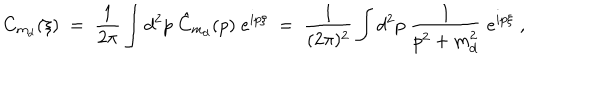
LaTeX: C _ { m _ { d } } ( \xi ) \; = \; \frac { 1 } { 2 \pi } \int d ^ { 2 } p \; \hat { C } _ { m _ { d } } ( p ) \; e ^ { i p \xi } \; = \; \frac { 1 } { ( 2 \pi ) ^ { 2 } } \int d ^ { 2 } p \; \frac { 1 } { p ^ { 2 } + m _ { d } ^ { 2 } } \; e ^ { i p \xi } \; ,